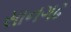
સાનગઢ